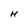
Character: H